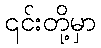
၎င်းတို့မှာ